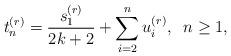
LaTeX: \begin{align*}t_n^{(r)}=\frac{s_1^{(r)}}{2k+2}+\sum_{i=2}^n u_i^{(r)}, \;\; n\ge 1,\end{align*}